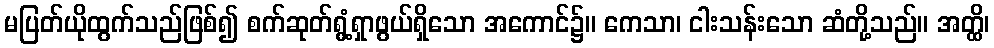
မပြတ်ယိုထွက်သည်ဖြစ်၍ စက်ဆုတ်ရွံ့ရှာဖွယ်ရှိသော အကောင်၌။ ကေသာ၊ ငါးသန်းသော ဆံတို့သည်။ အတ္ထိ၊